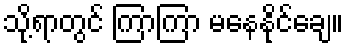
သို့ရာတွင် ကြာကြာ မနေနိုင်ချေ။